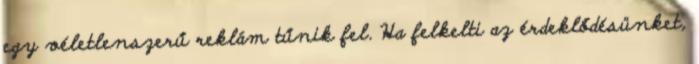
egy véletlenszerű reklám tűnik fel. Ha felkelti az érdeklődésünket,